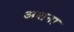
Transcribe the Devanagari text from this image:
अशना